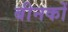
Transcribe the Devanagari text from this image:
बीनकों